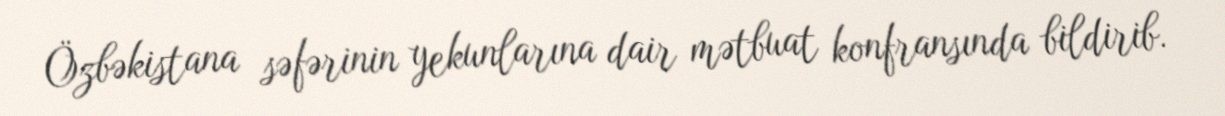
Özbəkistana səfərinin yekunlarına dair mətbuat konfransında bildirib.